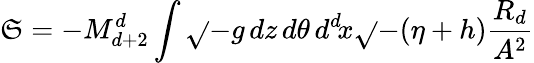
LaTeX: \mathfrak{S}=-M_{d+2}^{d}\int\sqrt{}{{-g}}\, dz\, d\theta\, d^{d}\! x\sqrt{}{{-(\eta+h)}}\frac{{R_{d}}}{{A^{2}}}